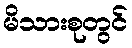
မိသားစုတွင်